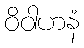
ဝိဝါဟနံ